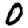
Digit: 0